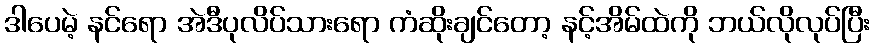
ဒါပေမဲ့ နင်ရော အဲဒီပုလိပ်သားရော ကံဆိုးချင်တော့ နင့်အိမ်ထဲကို ဘယ်လိုလုပ်ပြီး